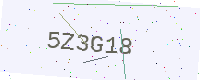
Text: 5Z3G18